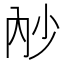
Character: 𭁧